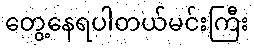
တွေ့နေရပါတယ်မင်းကြီး